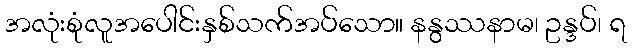
အလုံးစုံလူအပေါင်းနှစ်သက်အပ်သော။ နနွဿနာမ၊ ဥန္ဒပ်၊ ရ